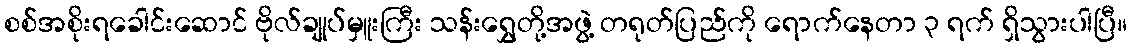
စစ်အစိုးရခေါင်းဆောင် ဗိုလ်ချုပ်မှူးကြီး သန်းရွှေတို့အဖွဲ့ တရုတ်ပြည်ကို ရောက်နေတာ ၃ ရက် ရှိသွားပါပြီ။